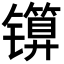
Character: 𬭾